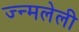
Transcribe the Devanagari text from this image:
ज्न्मलेली